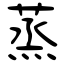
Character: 蒸